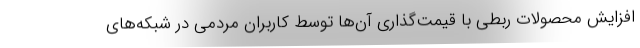
افزایش محصولات ربطی با قیمت‌گذاری آن‌ها توسط کاربران مردمی در شبکه‌های